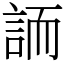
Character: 䛔